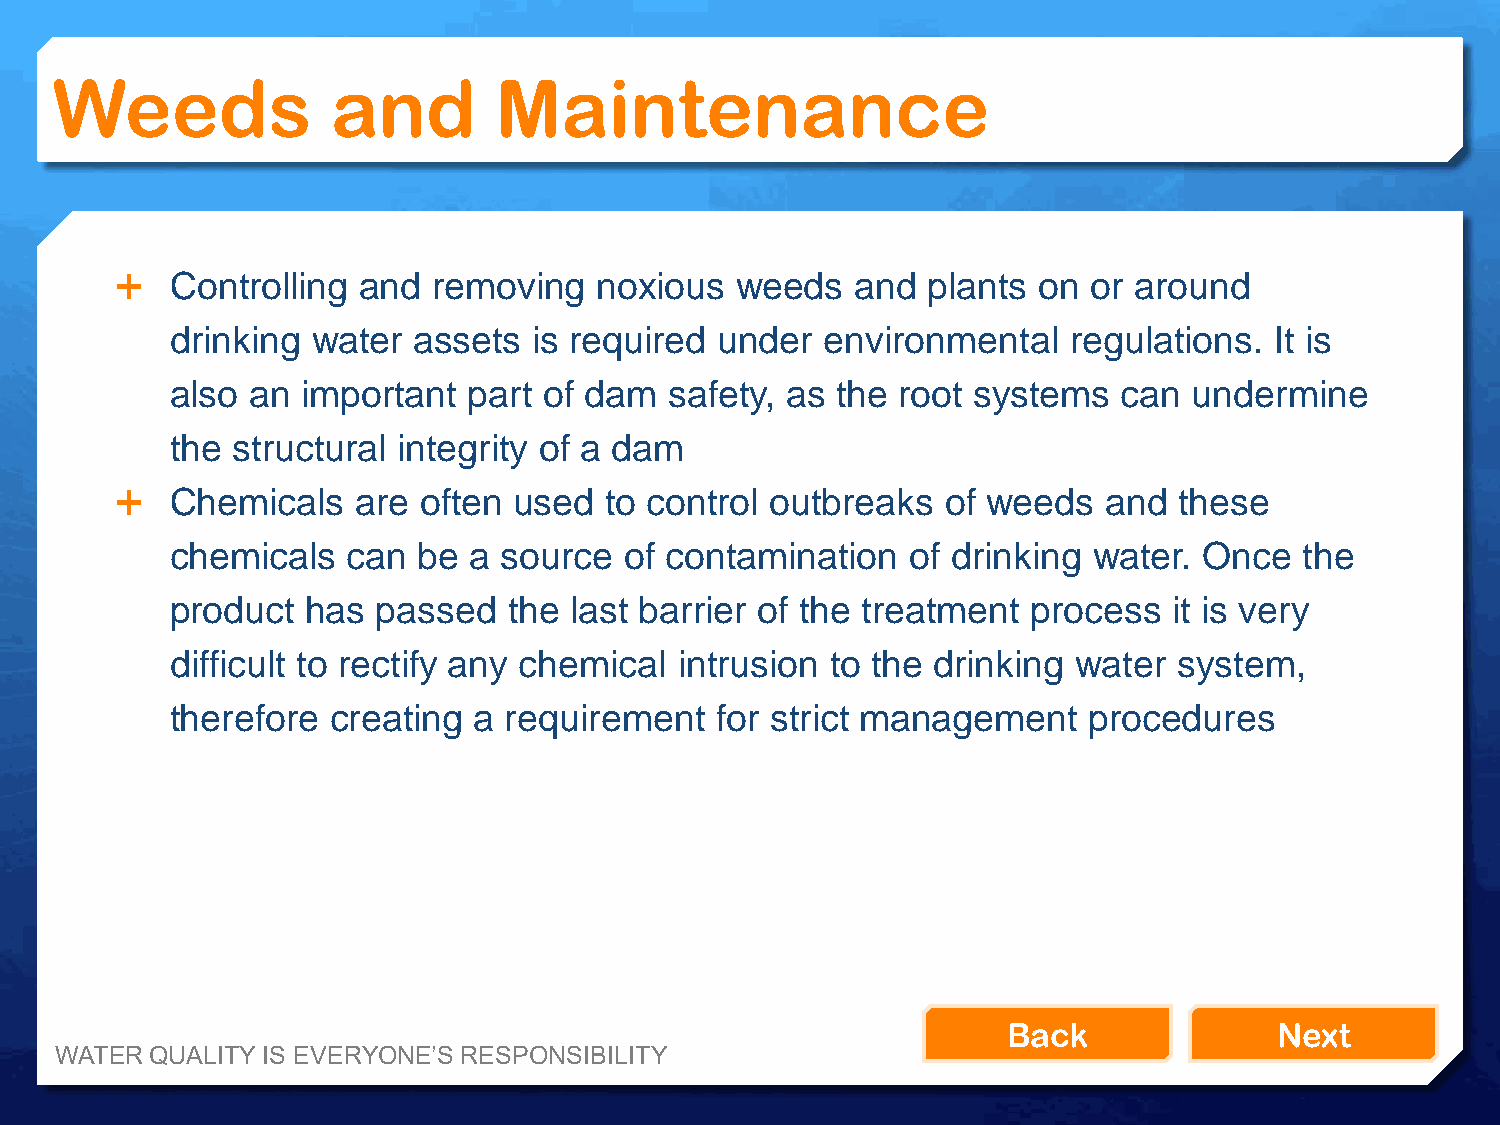
Weeds              and        Maintenance
   Controlling  and  removing   noxious  weeds   and plants  on or around
 drinking  water assets  is required  under  environmental   regulations. It is
 also  an important  part of dam  safety, as the root systems   can  undermine
 the structural integrity of a dam
   Chemicals    are often used  to control outbreaks   of weeds  and  these
 chemicals   can  be a source  of contamination   of drinking water.  Once  the
 product  has  passed   the last barrier of the treatment process   it is very
 difficult to rectify any chemical intrusion to the drinking water  system,
 therefore  creating a requirement   for strict management    procedures
 Back              Next
 WATER QUALITY IS EVERYONE’S RESPONSIBILITY